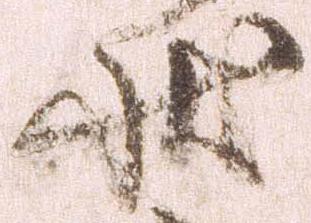
状